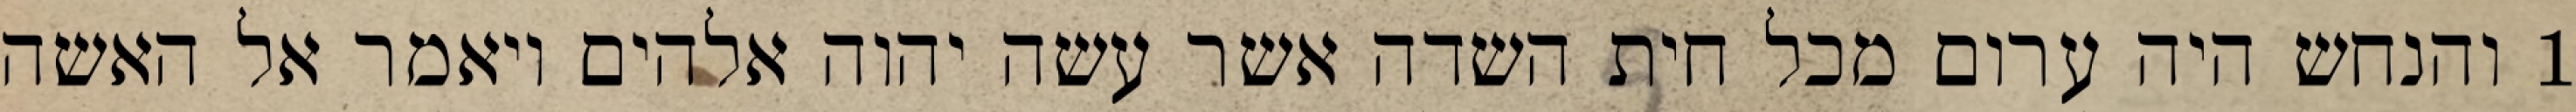
1 והנחש היה ערום מכל חית השדה אשר עשה יהוה אלהים ויאמר אל האשה